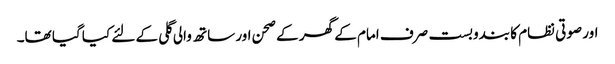
اور صوتی نظام کا بندوبست صرف امام کے گھر کے صحن اور ساتھ والی گلی کے لئے کیا گیا تھا۔